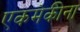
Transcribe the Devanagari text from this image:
एकमेकीना